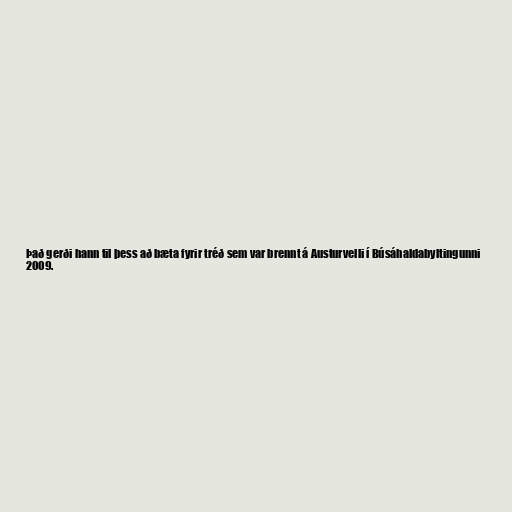
Það gerði hann til þess að bæta fyrir tréð sem var brennt á Austurvelli í Búsáhaldabyltingunni
2009.